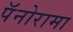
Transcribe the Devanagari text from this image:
पॅनोरामा